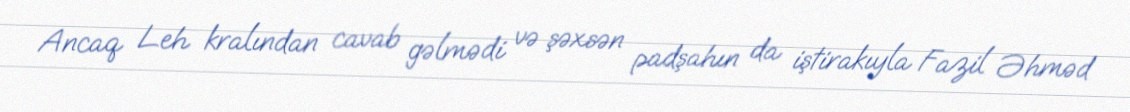
Ancaq Leh kralından cavab gəlmədi və şəxsən padşahın da iştirakıyla Fazil Əhməd